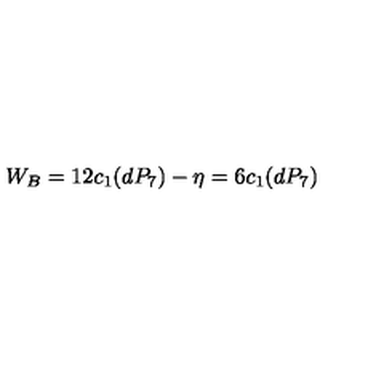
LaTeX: W _ { B } = 1 2 c _ { 1 } ( d P _ { 7 } ) - \eta = 6 c _ { 1 } ( d P _ { 7 } )